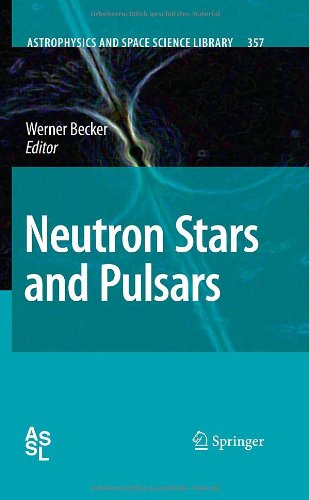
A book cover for Neutron Stars and Pulsars (Astrophysics and Space Science Library); Science & Math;